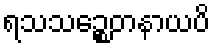
ရသသဉ္စေတနာယပိ